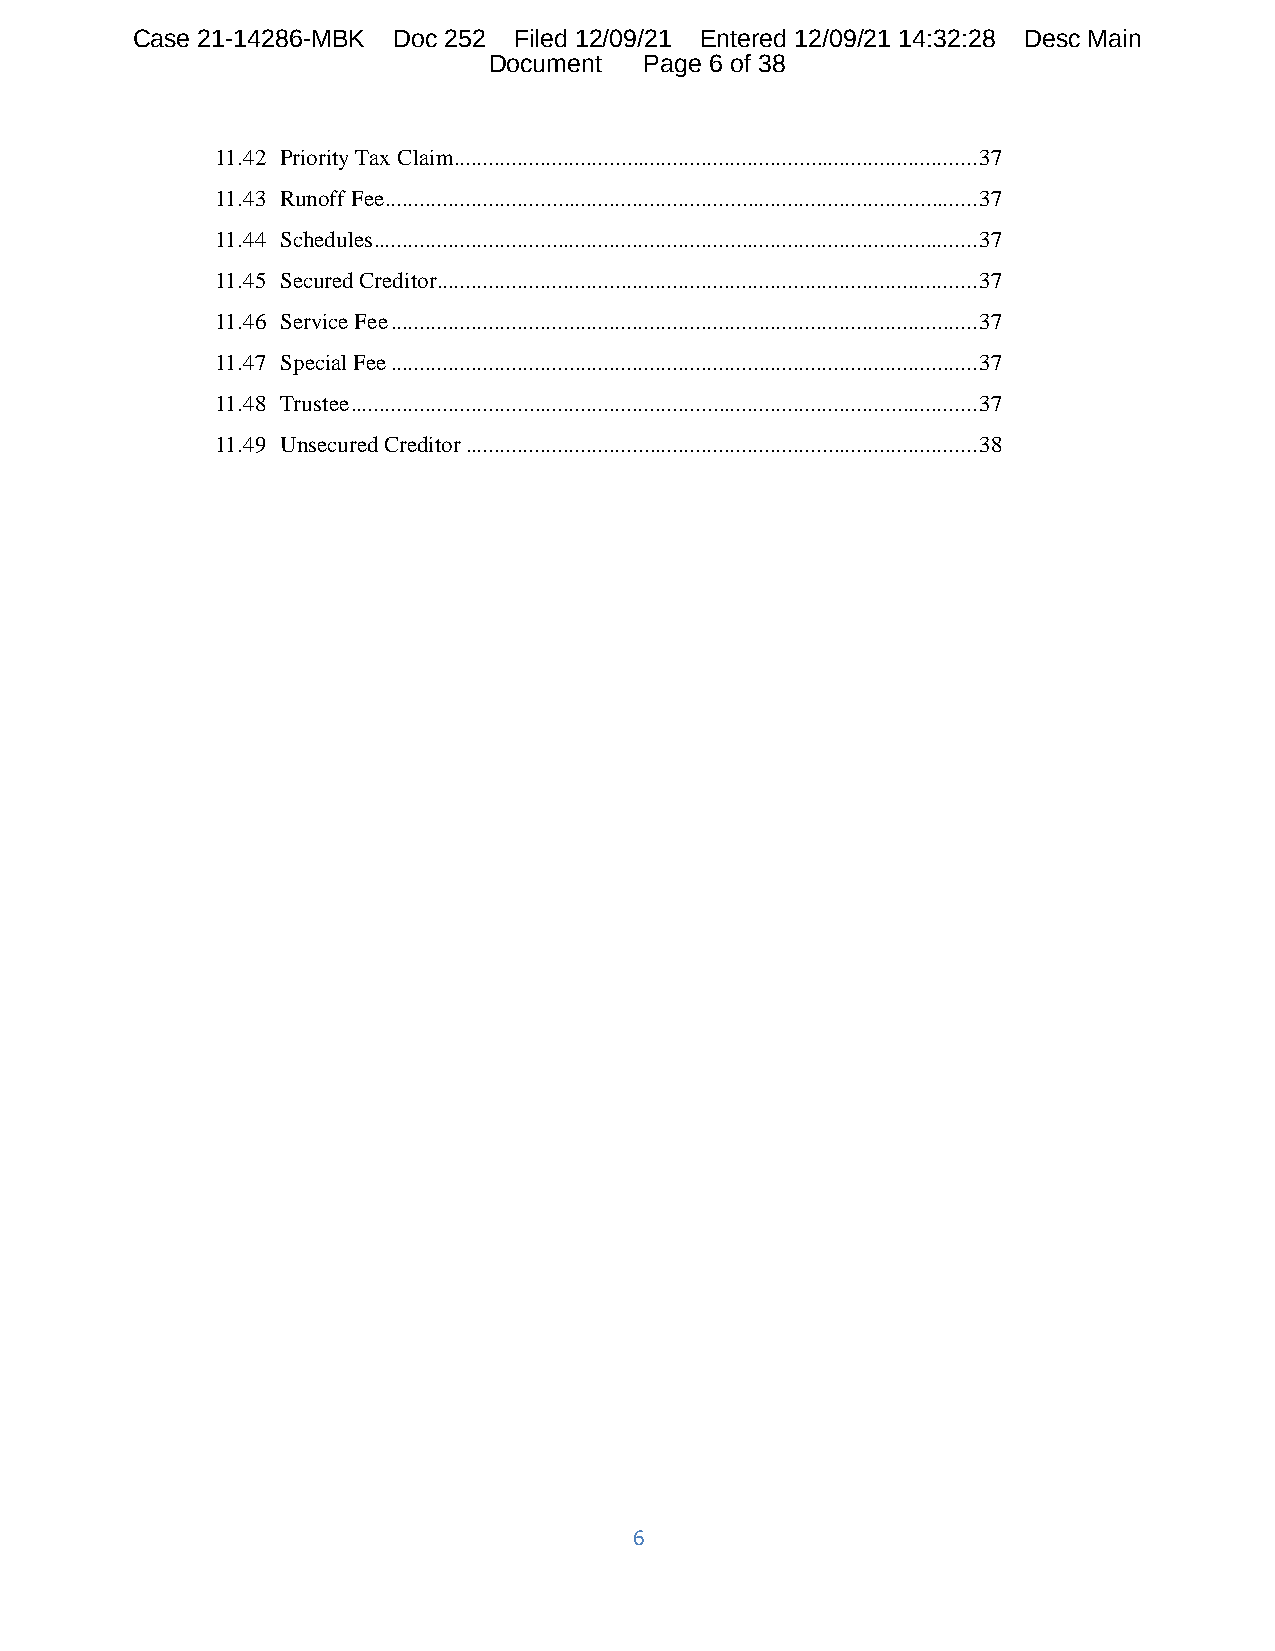
Case 21-14286-MBK Doc 252 Filed 12/09/21 Entered 12/09/21 14:32:28 Desc Main
 Document   Page 6 of 38
 11.42 Priority Tax Claim ........................................................................................... 37
 11.43 Runoff Fee ....................................................................................................... 37
 11.44 Schedules ......................................................................................................... 37
 11.45 Secured Creditor .............................................................................................. 37
 11.46 Service Fee ...................................................................................................... 37
 11.47 Special Fee ...................................................................................................... 37
 11.48 Trustee ............................................................................................................. 37
 11.49 Unsecured Creditor ......................................................................................... 38
 6